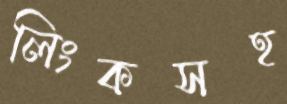
লিংকসহ